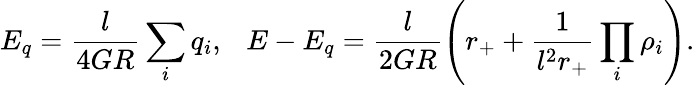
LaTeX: E_{q}=\frac{l}{4GR}\sum_{i}q_{i},\ \ \ E-E_{q}=\frac{l}{2GR}\left(r_{+}+\frac{1}{l^{2}r_{+}}\prod_{i}\rho_{i}\right).